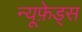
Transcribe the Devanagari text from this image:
न्यूफ़ेड्स